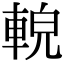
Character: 䡚